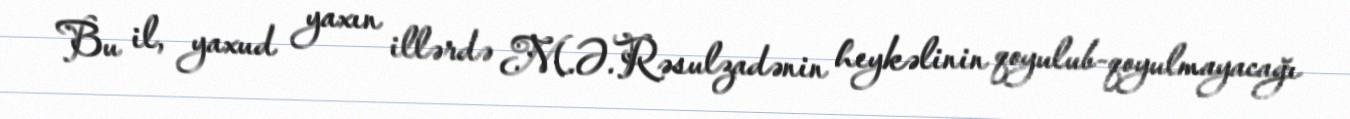
Bu il, yaxud yaxın illərdə M.Ə.Rəsulzadənin heykəlinin qoyulub-qoyulmayacağı